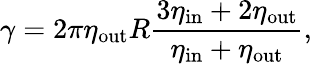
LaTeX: \gamma=2\pi\eta_{\mathrm{out}}R\frac{3\eta_{\mathrm{in}}+2\eta_{\mathrm{out}}}{\eta_{\mathrm{in}}+\eta_{\mathrm{out}}},